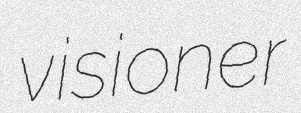
visioner